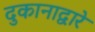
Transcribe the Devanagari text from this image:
दुकानाद्वारे